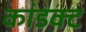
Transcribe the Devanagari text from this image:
कांडक्ट